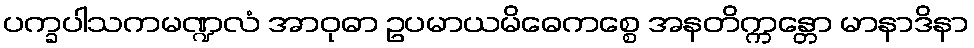
ပက္ခပါသကမဏ္ဍလံ အာဝုဓာ ဥပမာယမိဓေကစ္စေ အနတိက္ကန္တော မာနာဒိနာ